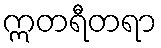
ဣတရီတရာ